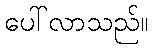
ပေါ်လာသည်။